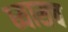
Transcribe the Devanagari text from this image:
ध्यासच